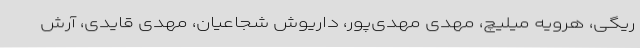
ریگی، هرویه میلیچ، مهدی مهدی‌پور، داریوش شجاعیان، مهدی قایدی، آرش